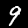
Label: 9